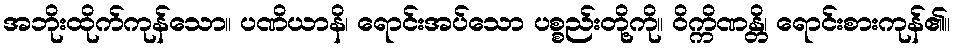
အဘိုးထိုက်ကုန်သော။ ပဏိယာနိ၊ ရောင်းအပ်သော ပစ္စည်းတို့ကို။ ဝိက္ကိဏန္တိ၊ ရောင်းစားကုန်၏။